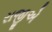
રાજીએ